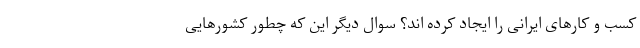
کسب و کارهای ایرانی را ایجاد کرده اند؟ سوال دیگر این که چطور کشورهایی